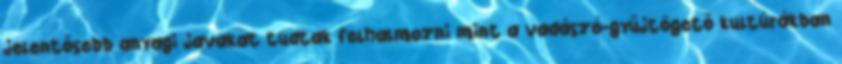
jelentősebb anyagi javakat tudtak felhalmozni mint a vadászó-gyűjtögető kultúrákban